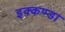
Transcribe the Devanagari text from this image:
इक्कण्डा